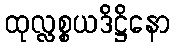
ထုလ္လစ္စယဒိဋ္ဌိနော